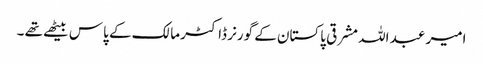
امیر عبد اللہ مشرقی پاکستان کے گورنر ڈاکٹر مالک کے پاس بیٹھے تھے ۔